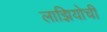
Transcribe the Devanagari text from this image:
लाझियोची